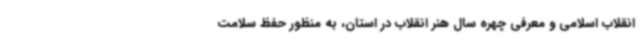
انقلاب اسلامی و معرفی چهره سال هنر انقلاب در استان، به منظور حفظ سلامت